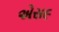
એસ૯